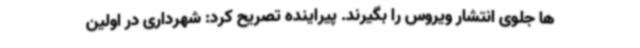
ها جلوی انتشار ویروس را بگیرند. پیراینده تصریح کرد: شهرداری در اولین